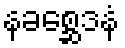
နခစ္ဆေဒနံ